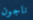
ناجون